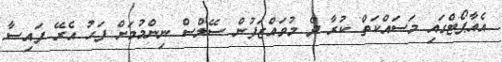
އެއާޕޯޓްގައި މަސައްކަތް ކުރާ ދެ މުވައްޒަފުން ސޭލްސް ނިންމުމަށް ފަހު އެރޭ ފައިސާ